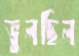
ভুলছিল